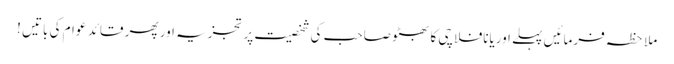
ملاحظہ فرمائیں پہلے اوریانافلاچی کا بھٹو صاحب کی شخصیت پر تجزیہ اور پھر قائد ِ عوام کی باتیں !